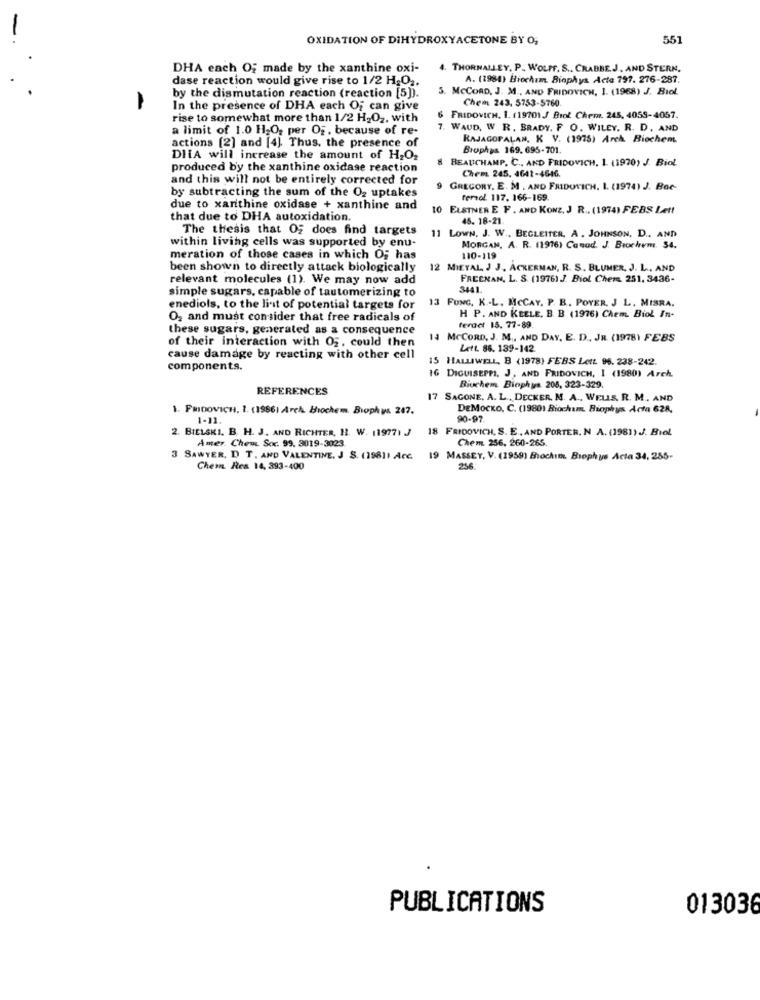
OXIDATION OF DIHYDROXYACETONE BY O;
551
DHA each O; made by the xanthine oxi-
THORNALLEY, P. WOLFF. S ., CRABBE.J, AND STERN,
dase reaction would give rise to 1/2 H2O2.
A. (1984) Biochem. Biophys Acte 797. 276-287.
. MCCORD, J. M ., AND FRIDOVICH, 1. (1968) J. Biol.
by the dismutation reaction (reaction [5]).
Chem 243, 5753-5760
In the presence of DHA each Of can give
rise to somewhat more than 1/2 H2O2, with
6
FRIDOVICH, 1. 119701 J Brot Chem. 245, 4059-4057.
a limit of 1.0 H2O, per Of, because of re-
7. WAUD, W. R. BRADY. F. O. WILEY. R. D. AND
RAJAGOPALAN, K V. (1975) Arch. Biochem
actions [2] and [4]. Thus, the presence of
Brophys 169.695-701.
DIA will increase the amount of H2O2
8 BEAUCHAMP. C ., AND FRIDOVICH, 1 (1970) J. Biol
produced by the xanthine oxidase reaction
and this will not be entirely corrected for
Chem 245, 4642-4616.
by subtracting the sum of the O2 uptakes
9 GREGORY, E. M . AND FRIDOYICH. I. (1974) J. Bac-
fersol. 117. 166-169.
due to xanthine oxidase + xanthine and
10 ELSTNER E F. AND KONZ, J R .. (1974) FEBS Lett
that due to DHA autoxidation.
45. 18-21
The thesis that OF does find targets
within living cells was supported by enu-
11 LOWN. J. W ., BEGLEITER, A . JOHNSON, D .. AND
MORGAN, A. R. (1976) Canad. J. Brochem. 54.
meration of those cases in which Og has
10-119
been shown to directly attack biologically
12 MIETAL, J J, ACKERMAN, R. S. BLUMER, J. L ., AND
relevant molecules (1). We may now add
FREEMAN, L. S. (1976) J. Biol Chem. 251. 3436-
3441
simple sugars, capable of tautomerizing to
13 FONG. K .. L. MCCAY. P. B. POYER, J. L. MISRA.
enediols, to the list of potential targets for
O2 and must consider that free radicals of
H P. AND KEELE. B. B (1976) Chem. Biol In-
these sugars, generated as a consequence
feract 15. 77-89
of their interaction with Og, could then
14 McCORD, J. M ., AND DAY, E. D ., JR. (19781 FEBS
Lett. 86. 139-142.
cause damage by reacting with other cell
15 HALLIWELL, B (1978) FEBS Lett 96. 238-242.
components.
16 DIGUISEPPI, J, AND FRIDOVICH, I (1980) Arch.
REFERENCES
Biochem Biophys 205, 323-329.
17 SAGONE, A. L ., DECKER. M. A ., WELLS. R. M ., AND
1. FRIDOVICH, 1. (19661 Arch. Biochem. Biophys 247.
DEMOCKO. C. (1980) Biochem, Biophys Acta 628,
1-11
90-97.
2. BIELSKI. B. H. J. AND RICHTER, 11. W. 11977. J
18 FRIDOVICH, S. E ., AND PORTER, N A. (1981) J. Biol
Amer. Chem Soc. 99. 3019-3023
Chem 256, 260-265
SAWYER, I T. AND VALENTINE, J S. (1981) Acc.
19 MASSEY, V. (1959) Bochum. Biophys Acta 34, 255-
Chem Res 14, 393-400
256
PUBLICATIONS
013036